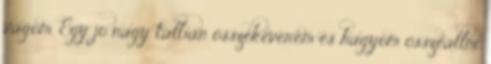
vágom. Egy jó nagy tálban összekeverem és hagyom összeállni.